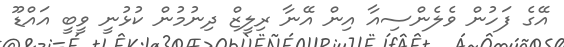
އޭގެ ފަހުން ވެލެންސިއާ އިން އޭނާ ރިލީޒް ދިނުމުން ކުޅުނީ ވީބީ އައްޑޫ